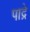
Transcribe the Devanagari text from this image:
पाद्रे